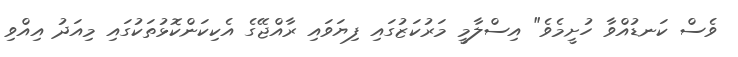
ވެސް ކަނޑުއްވާ ހުށީމެވެ" އިސްލާމީ މަރުކަޒުގައި ފިޔަވައި ރާއްޖޭގެ އެކިކަންކޮޅުތަކުގައި މިއަދު އިއްވި